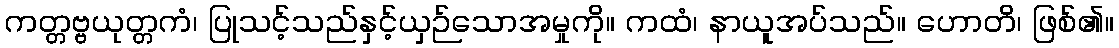
ကတ္တဗ္ဗယုတ္တကံ၊ ပြုသင့်သည်နှင့်ယှဉ်သောအမှုကို။ ကထံ၊ နာယူအပ်သည်။ ဟောတိ၊ ဖြစ်၏။